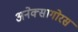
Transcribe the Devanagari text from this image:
अनेक्सागोरस